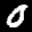
Label: 0